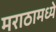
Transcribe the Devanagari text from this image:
मराठामध्ये